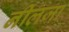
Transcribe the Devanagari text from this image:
नीलजा